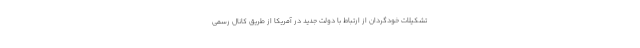
تشکیلات خودگردان از ارتباط با دولت جدید در آمریکا از طریق کانال رسمی